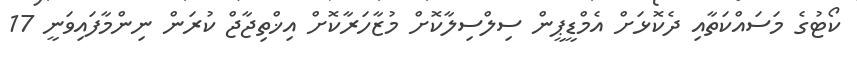
ކޯޓުގެ މަސައްކަތާއި ދެކޮޅަށް އެމްޑީޕީން ސިލްސިލާކޮށް މުޒާހަރާކޮށް އިޚްތިޖާޖް ކުރަން ނިންމާފައިވަނީ 17